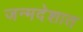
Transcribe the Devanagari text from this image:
जन्मदेशात